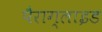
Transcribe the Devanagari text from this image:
पैराग्लाइड